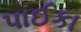
પાઈકા